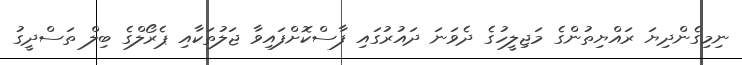
ނިމިގެންދިޔަ ރައްޔިތުންގެ މަޖިލީހުގެ ދެވަނަ ދައުރުގައި ފާސްކޮށްފައިވާ ޖަލުތަކާއި ޕެރޯލްގެ ބިލް ތަސްދީގު